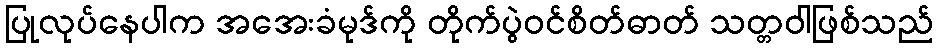
ပြုလုပ်နေပါက အအေးခံမုဒ်ကို တိုက်ပွဲဝင်စိတ်ဓာတ် သတ္တဝါဖြစ်သည်